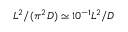
L ^ { 2 } / ( \pi ^ { 2 } D ) \simeq 1 0 ^ { - 1 } L ^ { 2 } / D